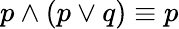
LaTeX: p\wedge(p\vee q)\equiv p